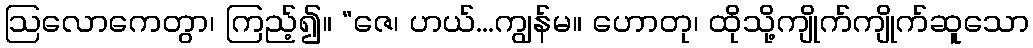
ဩလောကေတွာ၊ ကြည့်၍။ “ဇေ၊ ဟယ်...ကျွန်မ။ ဟောတု၊ ထိုသို့ကျိုက်ကျိုက်ဆူသော